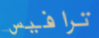
ترافيس